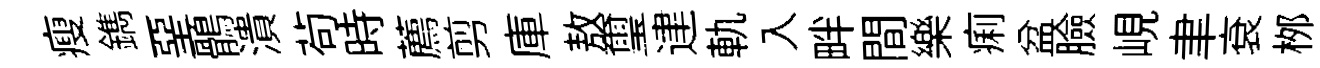
瘦鐫堊鶻潰茍時薦剪庫敖璽䢖軌入畔間樂痢盆臉峴聿袞桞